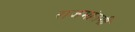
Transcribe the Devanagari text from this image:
राजमांतगी